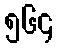
၅၆၄